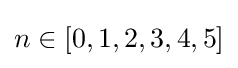
n\in [0,1,2,3,4,5]